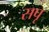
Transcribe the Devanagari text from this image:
सपृ